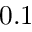
0 . 1